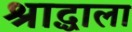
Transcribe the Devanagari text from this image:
श्राद्धाला